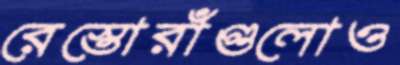
রেস্তোরাঁগুলোও